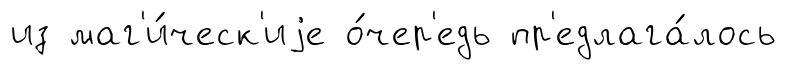
из маг'и́ческ'иjе о́чер'едь пр'едлага́лось